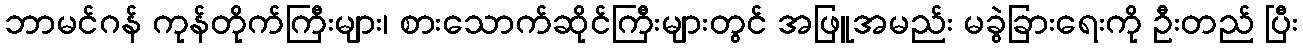
ဘာမင်ဂန် ကုန်တိုက်ကြီးများ၊ စားသောက်ဆိုင်ကြီးများတွင် အဖြူအမည်း မခွဲခြားရေးကို ဦးတည် ပြီး